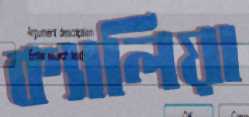
ক্যালিয়া